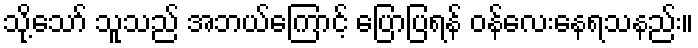
သို့သော် သူသည် အဘယ်ကြောင့် ပြောပြရန် ဝန်လေးနေရသနည်း။